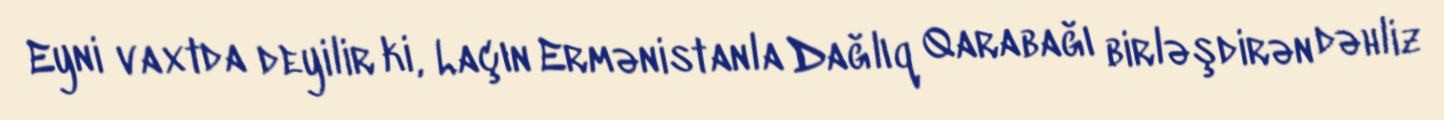
Eyni vaxtda deyilir ki, Laçın Ermənistanla Dağlıq Qarabağı birləşdirən dəhliz